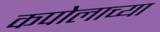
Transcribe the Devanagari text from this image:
कपोलाच्या